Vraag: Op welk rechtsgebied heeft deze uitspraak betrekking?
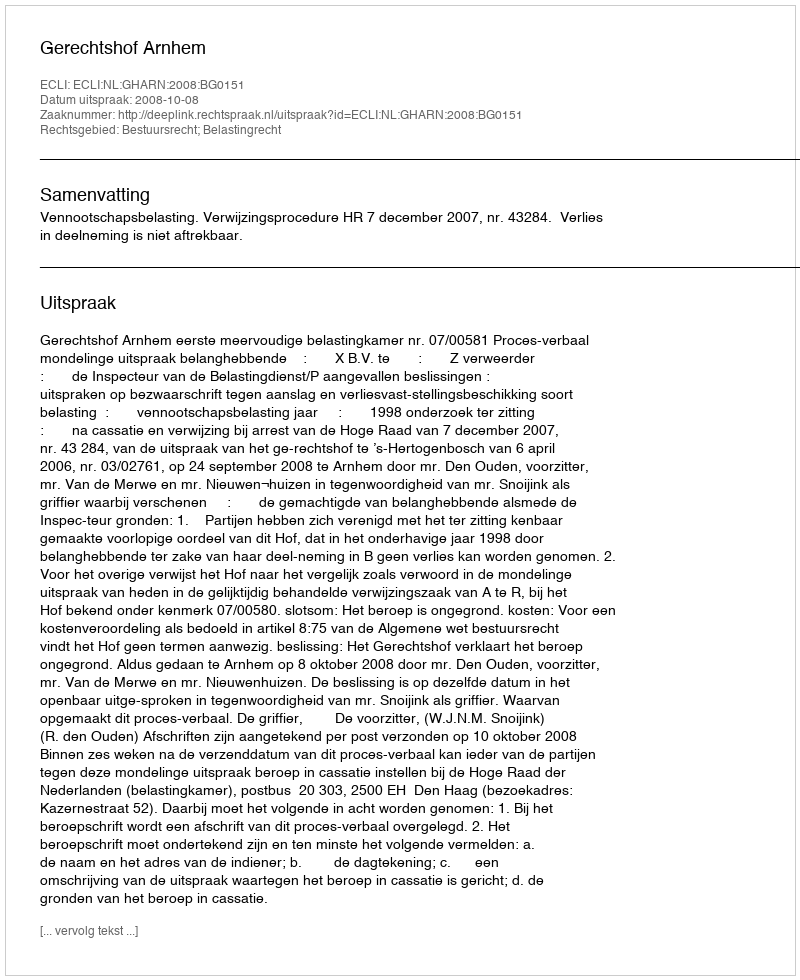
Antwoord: Bestuursrecht; Belastingrecht